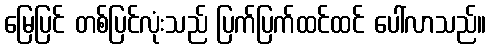
မြေပြင် တစ်ပြင်လုံးသည် ပြက်ပြက်ထင်ထင် ပေါ်လာသည်။